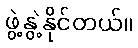
ဖွဲ့နွဲ့နိုင်တယ်။